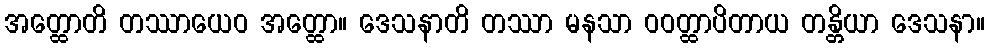
အတ္ထောတိ တဿာယေဝ အတ္ထော။ ဒေသနာတိ တဿာ မနသာ ဝဝတ္ထာပိတာယ တန္တိယာ ဒေသနာ။